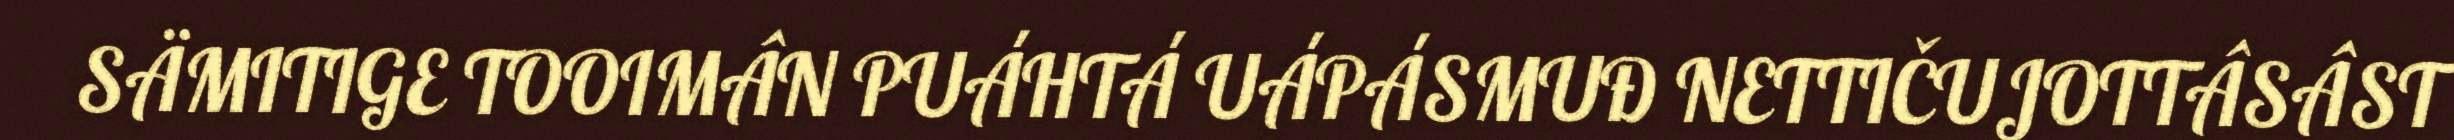
SÄMITIGE TOOIMÂN PUÁHTÁ UÁPÁSMUĐ NETTIČUJOTTÂSÂST